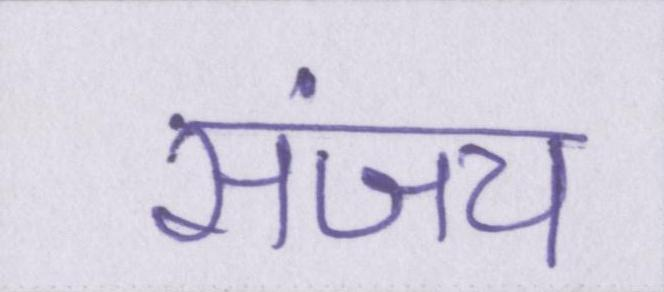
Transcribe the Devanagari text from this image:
संजय